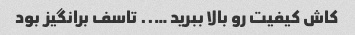
کاش کیفیت رو بالا ببرید ….. تاسف برانگیز بود